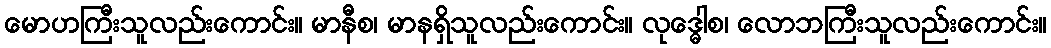
မောဟကြီးသူလည်းကောင်း။ မာနီစ၊ မာနရှိသူလည်းကောင်း။ လုဒ္ဓေါစ၊ လောဘကြီးသူလည်းကောင်း။